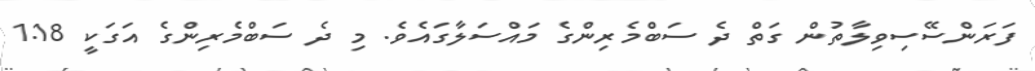
ފަރަންސޭސިވިލާތުން ގަތް ދެ ސަބްމެރިންގެ މައްސަލާގައެވެ. މި ދެ ސަބްމެރިންގެ އަގަކީ 1.18